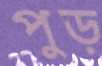
পুড়